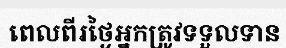
ពេលពីរថ្ងៃអ្នកត្រូវទទួលទាន